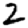
Digit: 2